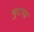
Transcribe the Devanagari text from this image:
मुटापा